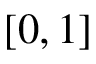
[ 0 , 1 ]